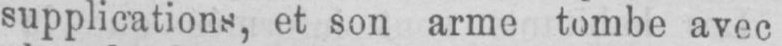
supplications, et son arme tombe avec